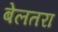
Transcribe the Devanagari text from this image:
बेलतरा